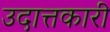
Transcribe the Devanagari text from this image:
उदात्तकारी